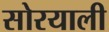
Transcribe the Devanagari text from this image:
सोरयाली